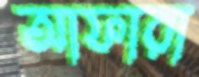
আফারা